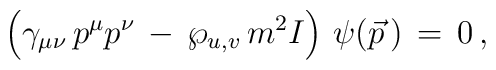
\left(\gamma_{\mu\nu}\,p^\mu p^\nu\,-\,{\wp_{u,v}}\,m^{2} I\right)\,\psi(\vec p\,)\,=\,0\,,